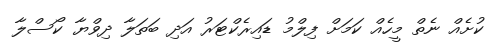
ކުށެއް ނެތް މީހެއް ކަމަށް ފިލްމު ޑައިރެކްޓަރު އަދި ބަތަލާ ދިވްޔާ ކޯސްލާ